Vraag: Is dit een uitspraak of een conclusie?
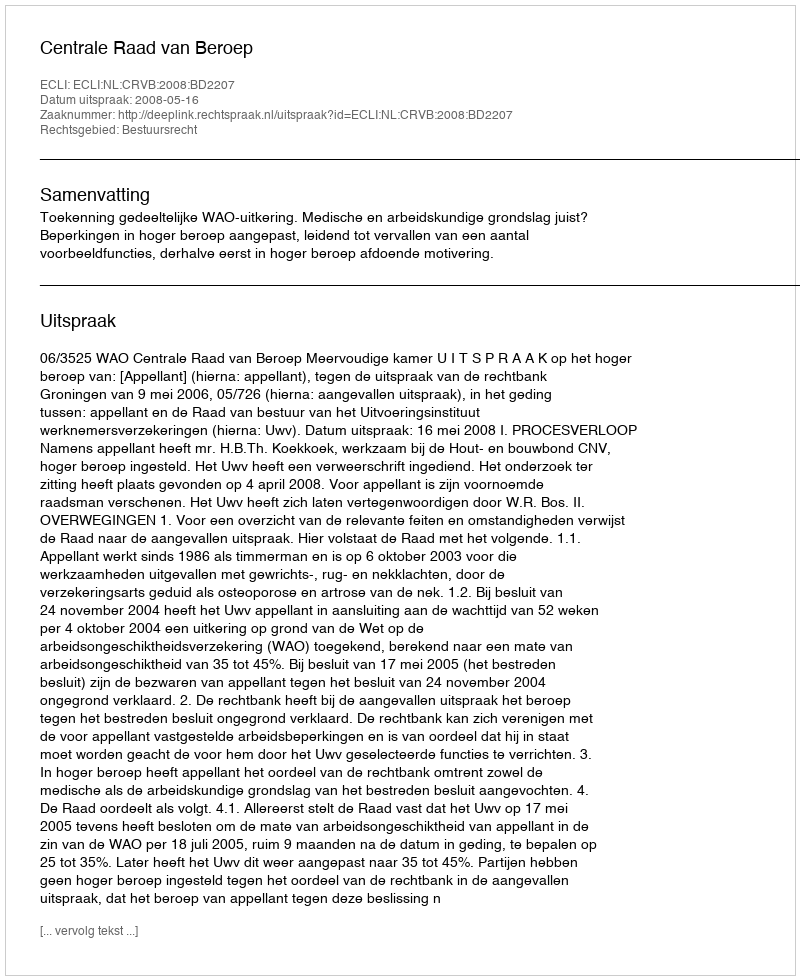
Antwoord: Uitspraak